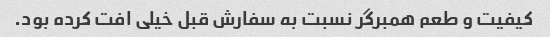
کیفیت و طعم همبرگر نسبت به سفارش قبل خیلی افت کرده بود.